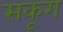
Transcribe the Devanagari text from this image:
सकूग